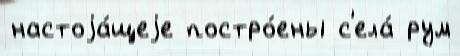
настоjа́щеjе постро́ены с'ела́ рум